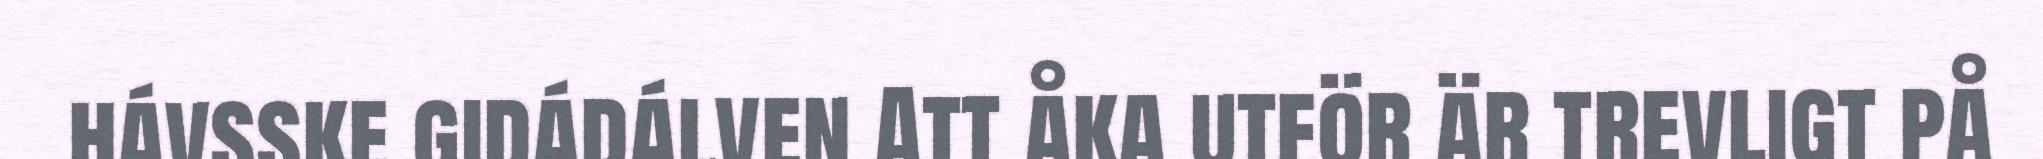
hávsske gidádálven Att åka utför är trevligt på